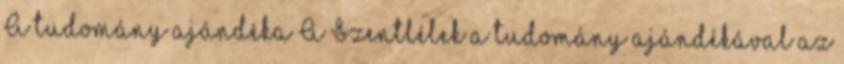
A tudomány ajándéka A Szentlélek a tudomány ajándékával az